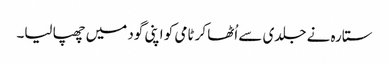
ستارہ نے جلدی سے اُٹھا کر ٹامی کو اپنی گود میں چھپا لیا۔